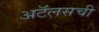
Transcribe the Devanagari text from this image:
अटॅलसची